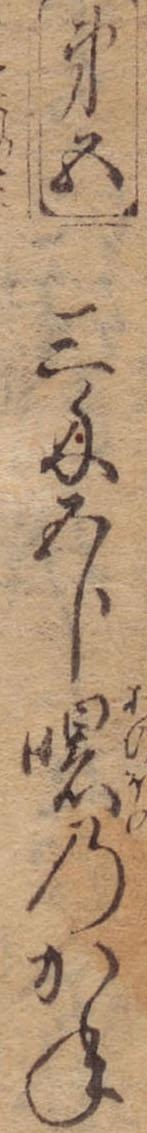
第五三匁五分曙のかね